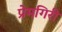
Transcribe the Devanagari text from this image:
प्रेमगिरी